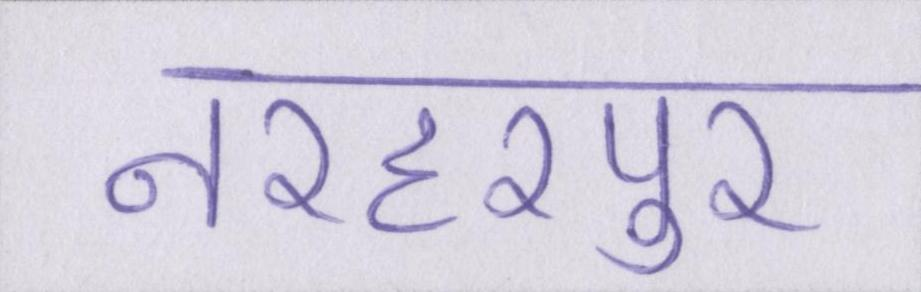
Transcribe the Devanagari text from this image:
नरहरपुर